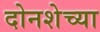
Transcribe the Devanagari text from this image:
दोनशेच्या